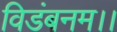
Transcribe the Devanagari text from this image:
विडंबनम।।